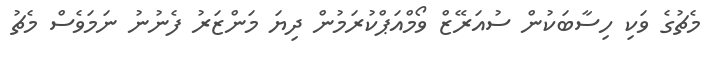
މެޗުގެ ވަކި ހިސާބަކުން ސުއަރޭޒް ވޯމްއަޕްކުރަމުން ދިޔަ މަންޒަރު ފެނުނު ނަމަވެސް މެޗު